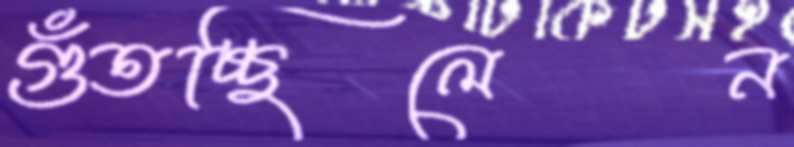
গুঁতচ্ছিলেন